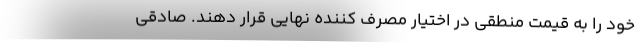
خود را به قیمت منطقی در اختیار مصرف‌ کننده نهایی قرار دهند. صادقی